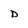
Character: D